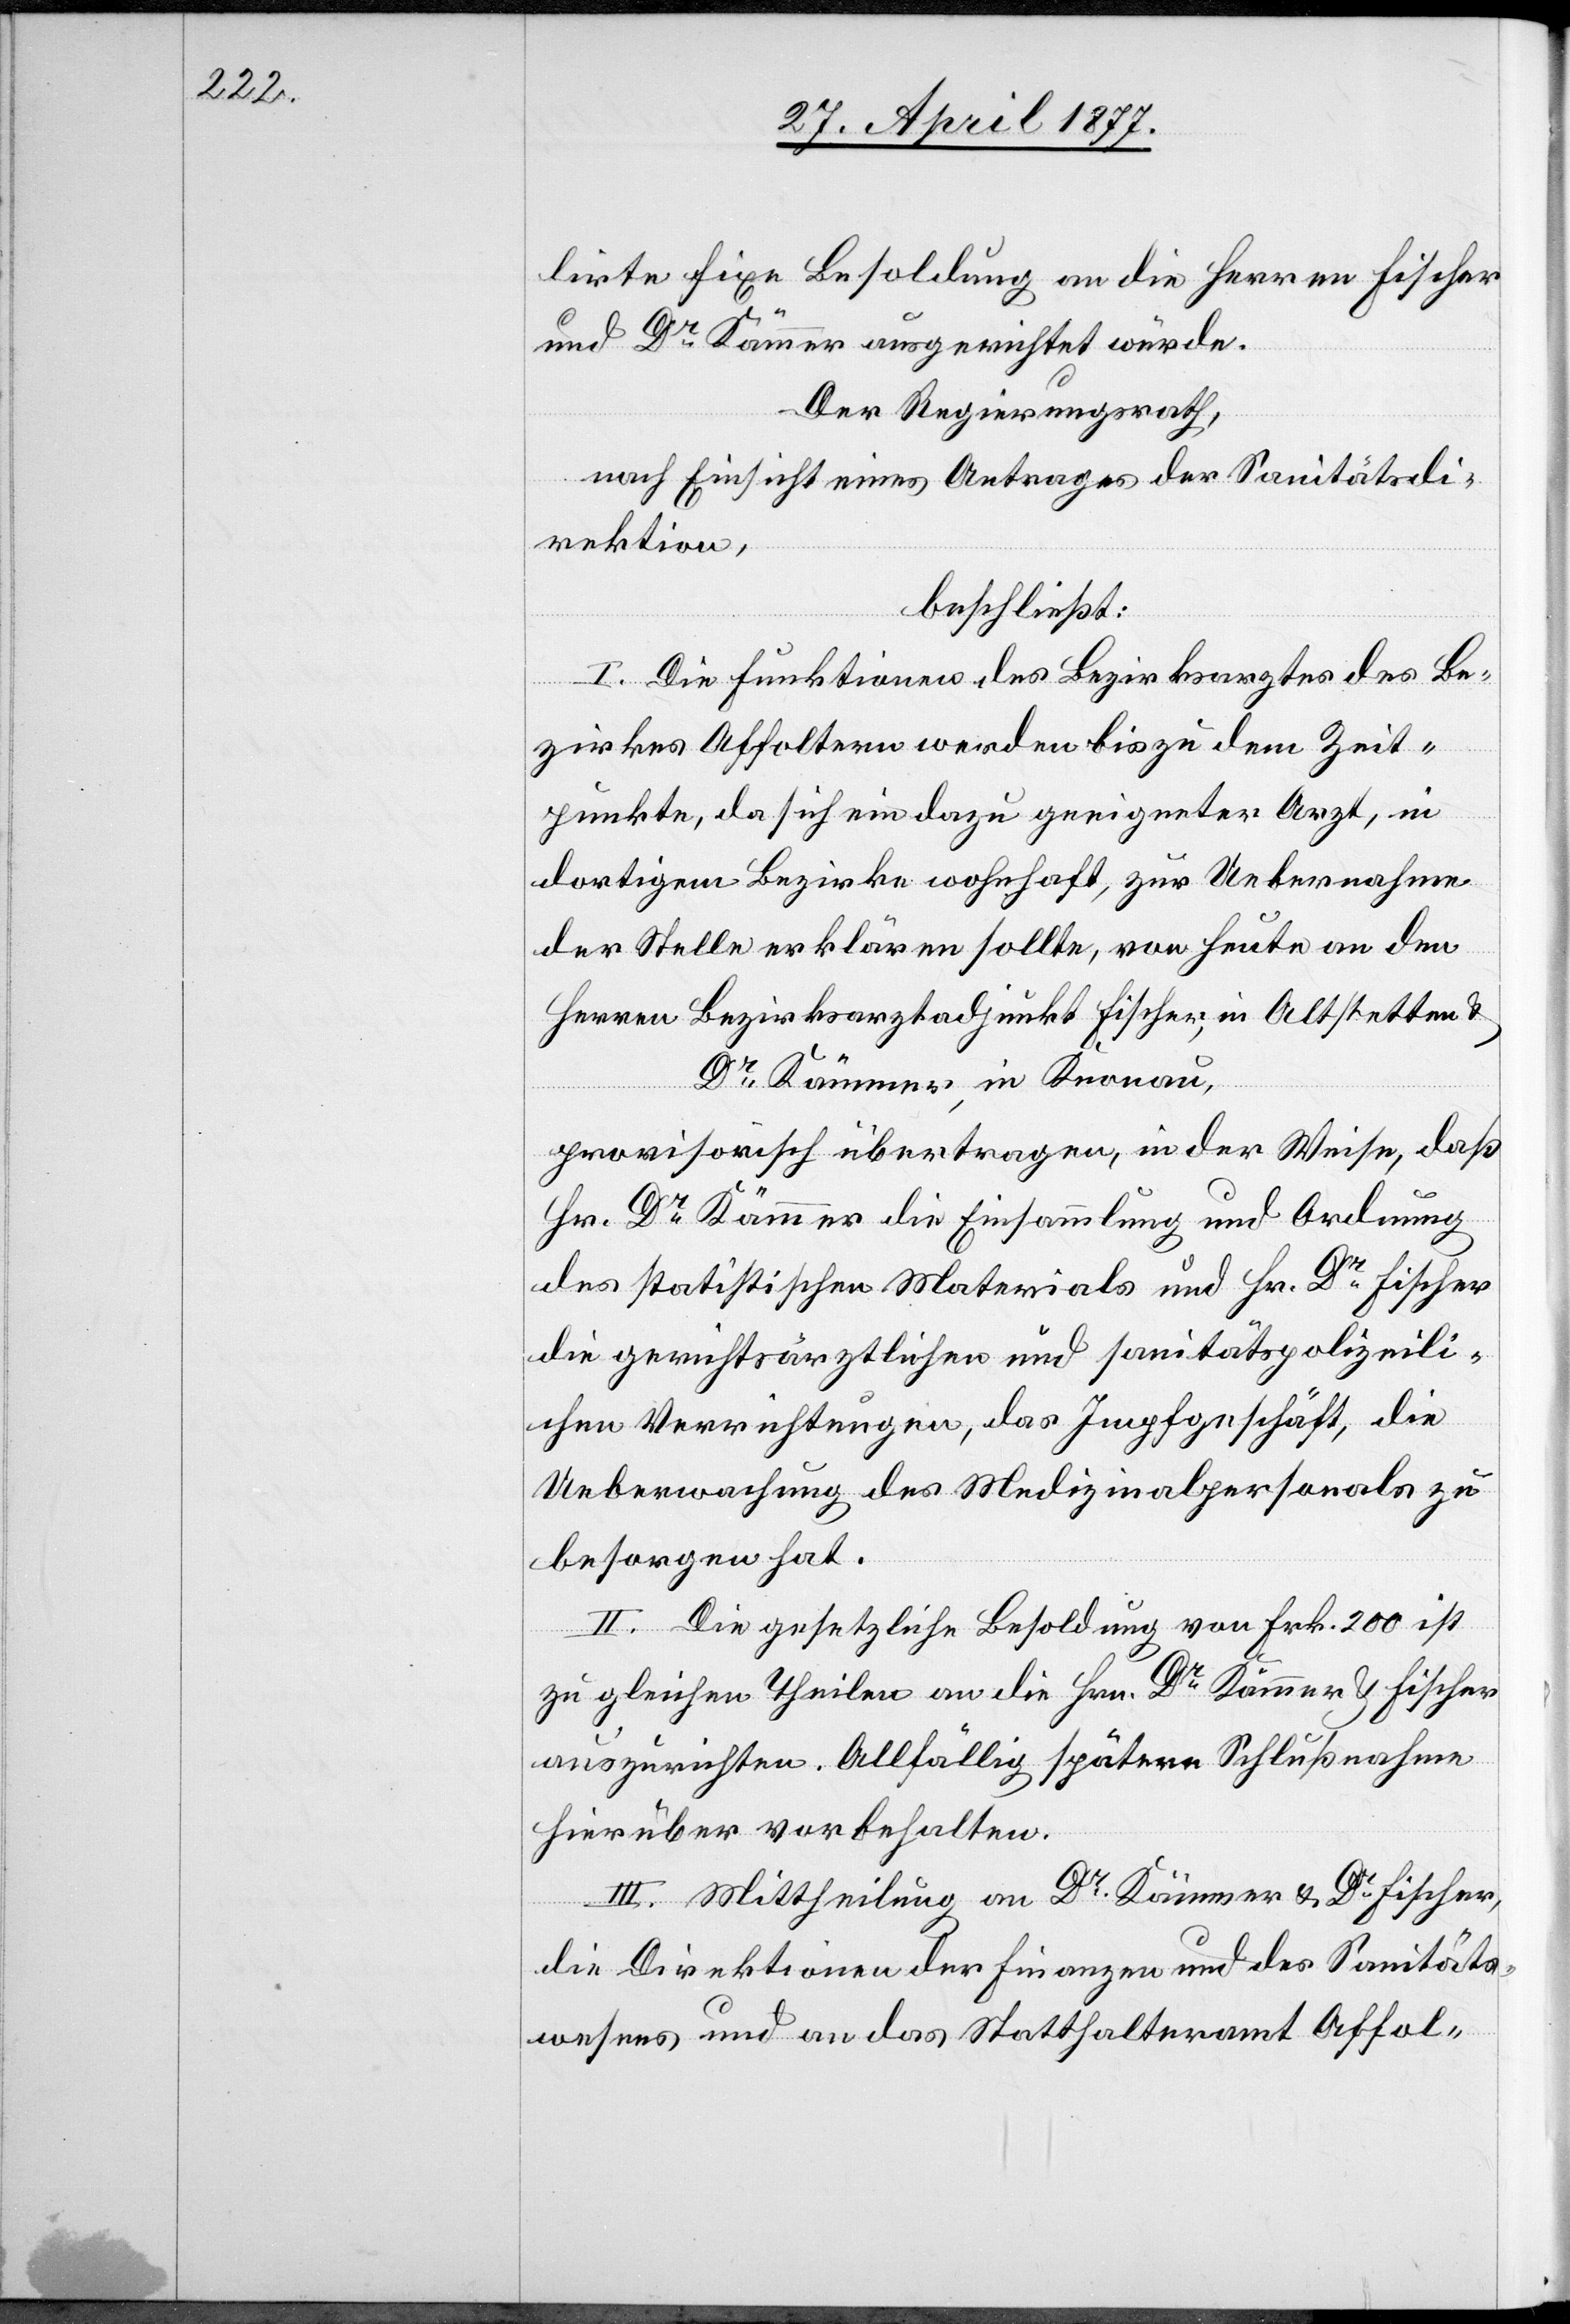
lirte fixe Besoldung an die Herren Fischer
und Dr Kämmer ausgerichtet würde.
Der Regierungsrath,
nach Einsicht eines Antrages der Sanitätsdi¬
rektion,
beschließt:
I. Die Funktionen des Bezirksarztes des Be¬
zirkes Affoltern werden bis zu dem Zeit¬
punkte, da sich ein dazu geeigneter Arzt, in
dortigem Bezirke wohnhaft, zur Uebernahme
der Stelle erklären sollte, von heute an den
Herren Bezirksarztadjunkt Fischer, in Altstetten &
Dr Kämmer, in Knonau,
provisorisch übertragen, in der Weise, daß
Hr. Dr Kämmer die Einsammlung und Ordnung
des statistischen Materials und Hr. Dr Fischer
die gerichtsärztlichen und sanitätspolizeili¬
chen Verrichtungen, das Impfgeschäft, die
Ueberwachung des Medizinalpersonals zu
besorgen hat.
II. Die gesetzliche Besoldung von Frk. 200 ist
zu gleichen Theilen an die Hrn. Dr Kämmer & Fischer
auszurichten. Allfällig spätere Schlußnahme
hierüber vorbehalten.
III. Mittheilung an Dr Kämmer & Dr Fischer,
die Direktionen der Finanzen und des Sanitäts¬
wesens und an das Statthalteramt Affol-